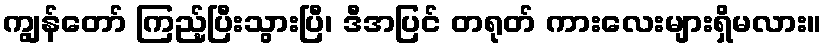
ကျွန်တော် ကြည့်ပြီးသွားပြီ၊ ဒီအပြင် တရုတ် ကားလေးများရှိမလား။